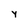
Character: y